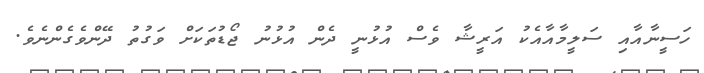
ހަސީނާއާއި ސަލީމާއާއެކު އަރީޝާ ވެސް އުޅުނީ ދެން އުޅުނު ޖޯޑުތަކަށް ވަގުތު ދޭންވެގެންނެވެ.